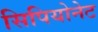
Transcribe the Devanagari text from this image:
सिपियोनेट